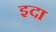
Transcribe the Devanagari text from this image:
इदा